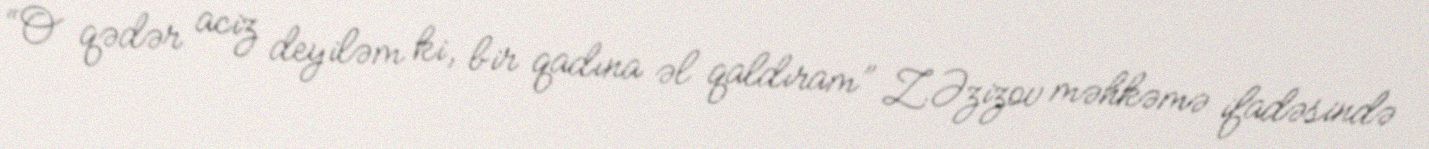
“O qədər aciz deyiləm ki, bir qadına əl qaldıram” Z.Əzizov məhkəmə ifadəsində